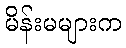
မိန်းမများက